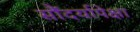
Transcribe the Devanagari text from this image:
सौंदर्यापेक्षा